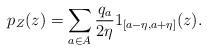
LaTeX: \begin{align*} p_Z(z) = \sum_{a\in A} \frac{q_a}{2\eta} 1_{[a-\eta,a+\eta]}(z).\end{align*}